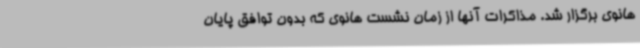
هانوی برگزار شد. مذاکرات آنها از زمان نشست هانوی که بدون توافق پایان